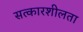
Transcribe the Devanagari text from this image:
सत्कारशीलता